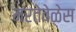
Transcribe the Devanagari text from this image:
मरतेवेळेस